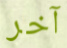
آخر